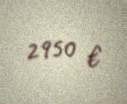
2950 €